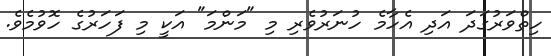
ހިތްވަރުގަދަ އަދި އެހާމެ ހުނަރުވެރި މި "މަންމަ" އަކީ މި ފަހަރުގެ ހޮވުމެވެ.